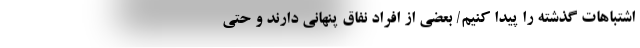
اشتباهات گذشته را پیدا کنیم/ بعضی از افراد نفاق پنهانی دارند و حتی